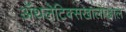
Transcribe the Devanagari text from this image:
ॲथलेटिक्सखालोखाल